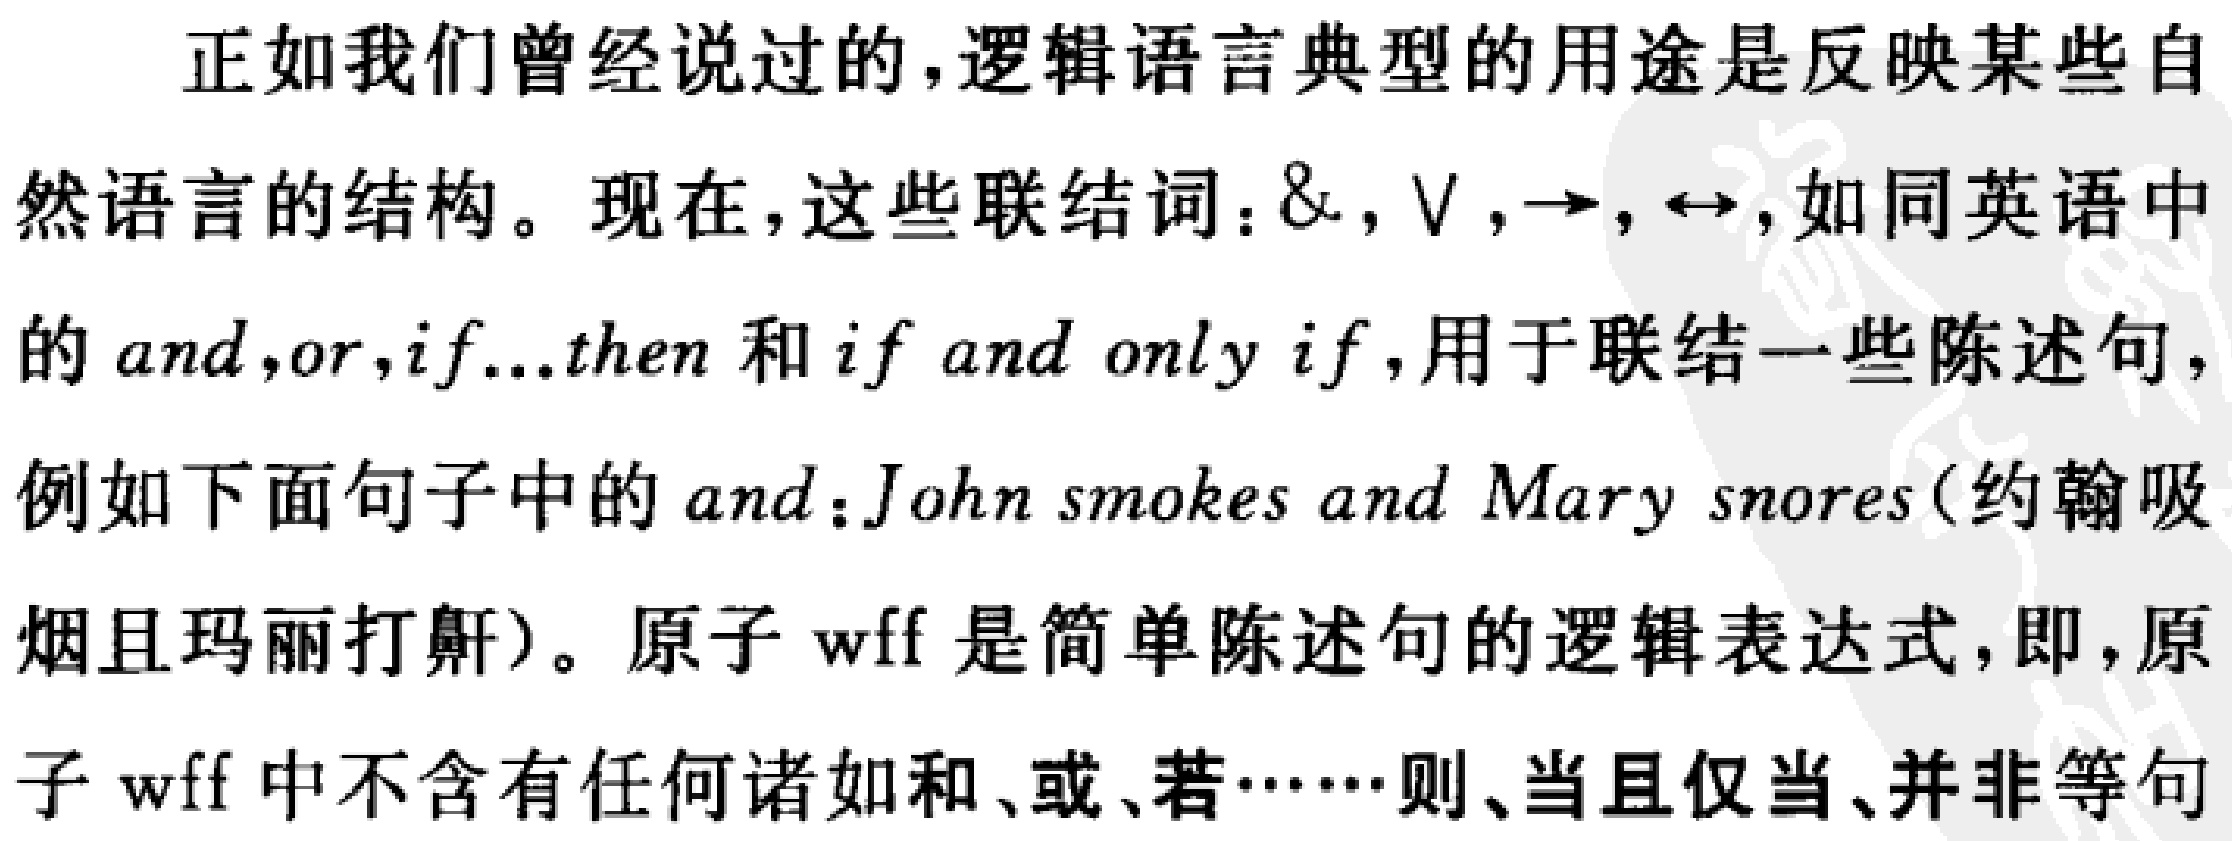
正如我们曾经说过的,逻辑语言典型的用途是反映某些自然语言的结构。现在,这些联结词：$\&$, $\vee$, $\to$, $\leftrightarrow$, 如同英语中的 $and$, $or$, $if...then$ 和 $if\ and\ only\ if$, 用于联结一些陈述句, 例如下面句子中的 $and$：$John\ smokes\ and\ Mary\ snores$(约翰吸烟且玛丽打鼾)。原子 $wff$ 是简单陈述句的逻辑表达式, 即, 原子 $wff$ 中不含有任何诸如和、或、若……则、当且仅当、并非等句